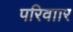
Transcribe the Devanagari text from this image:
परिवाार